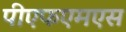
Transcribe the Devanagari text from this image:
पीएफएमएस